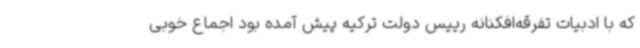
که با ادبیات تفرقه‌افکنانه رییس دولت ترکیه پیش آمده بود اجماع خوبی